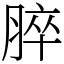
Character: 脺